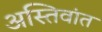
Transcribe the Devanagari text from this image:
अस्तिवांत